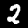
Label: 2